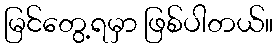
မြင်တွေ့ရမှာ ဖြစ်ပါတယ်။